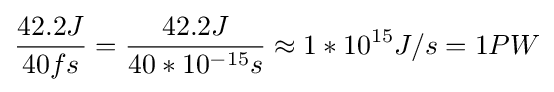
{42.2J \over 40fs}={42.2J \over 40*10^{-15}s}\approx 1*10^{15}J/s=1PW